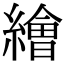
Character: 𦅩